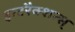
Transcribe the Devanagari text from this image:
इन्टरैक्शन्स्